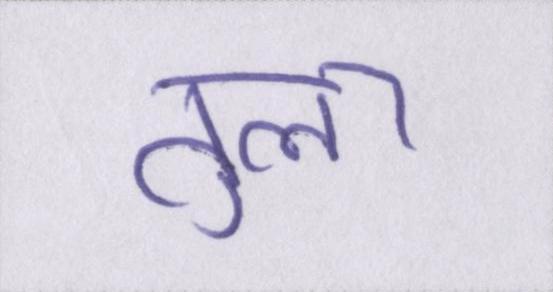
तुला